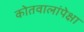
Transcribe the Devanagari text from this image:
कोतवालांपेक्षा